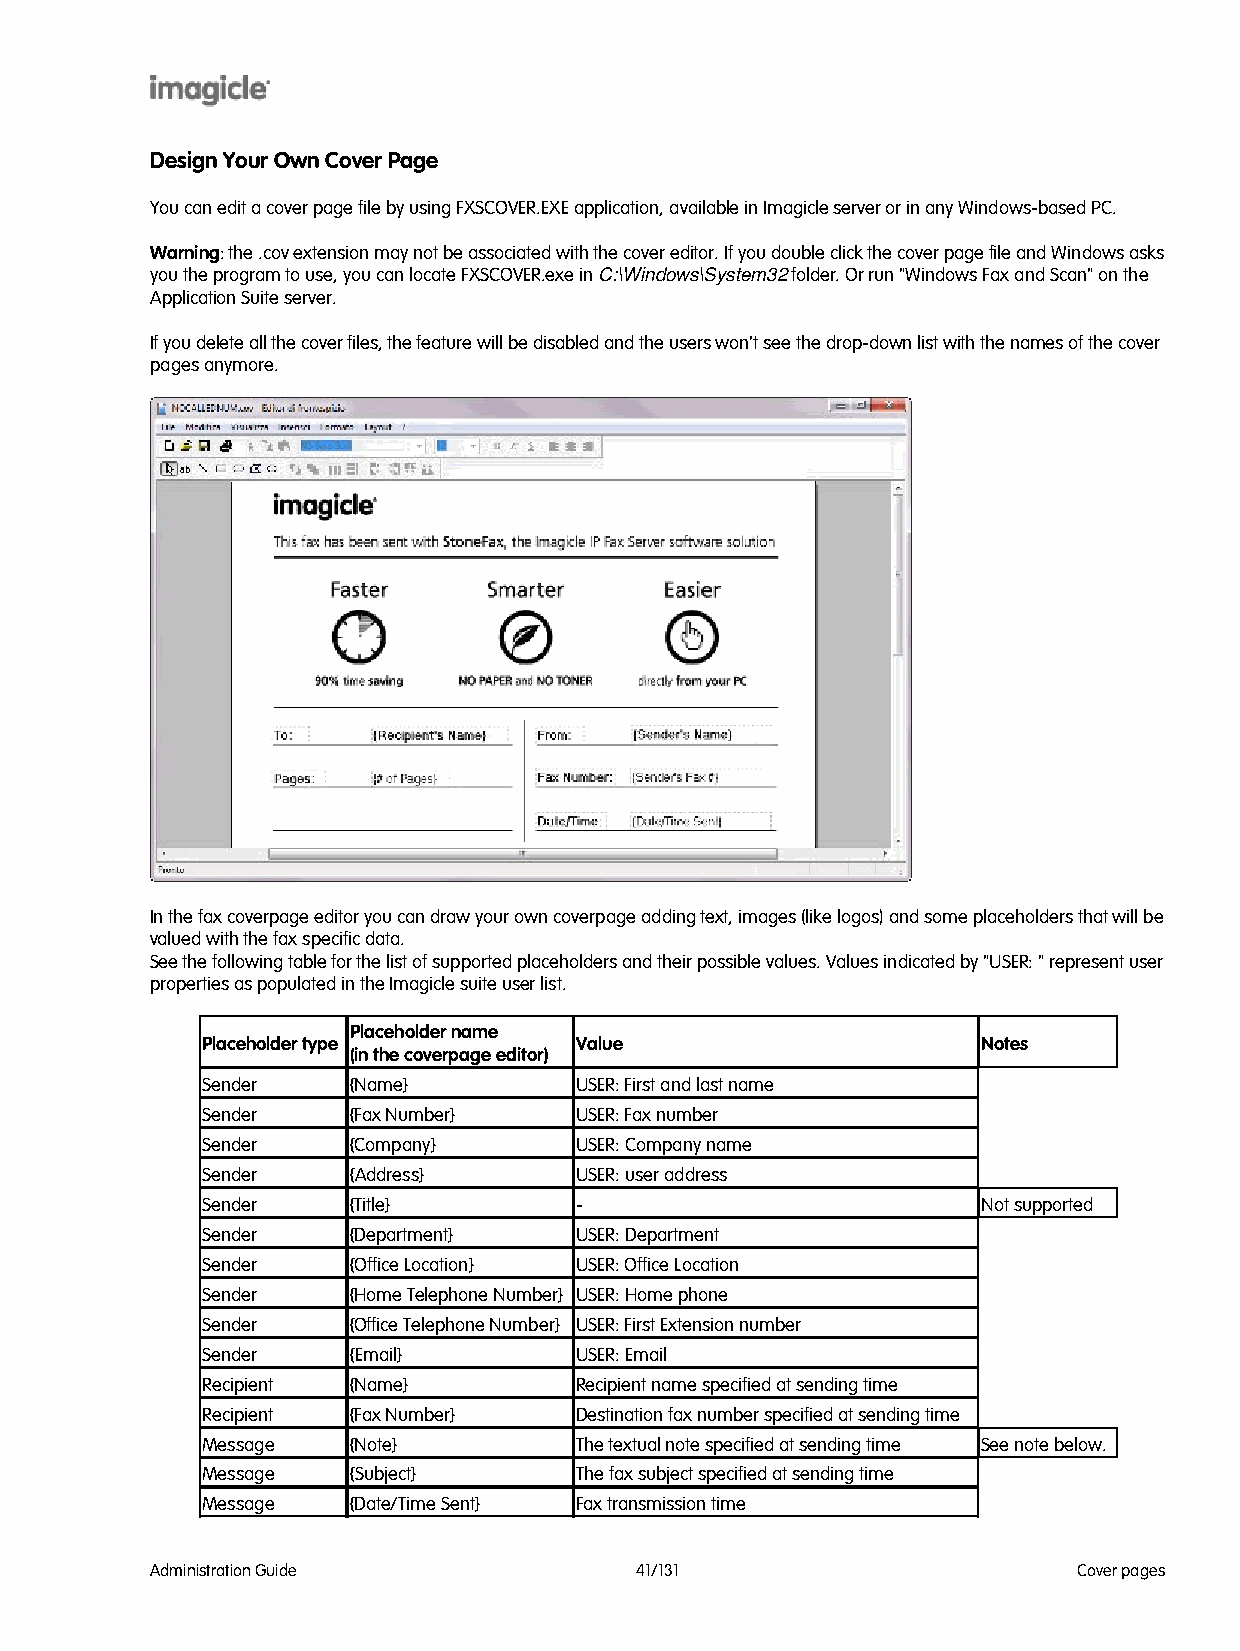
Design Your Own Cover Page
 You can edit a cover page file by using FXSCOVER.EXE application, available in Imagicle server or in any Windows-based PC.
 Warning: the .cov extension may not be associated with the cover editor. If you double click the cover page file and Windows asks
 you the program to use, you can locate FXSCOVER.exe in C:\Windows\System32 folder. Or run "Windows Fax and Scan" on the
 Application Suite server.
 If you delete all the cover files, the feature will be disabled and the users won't see the drop-down list with the names of the cover
 pages anymore.
 In the fax coverpage editor you can draw your own coverpage adding text, images (like logos) and some placeholders that will be
 valued with the fax specific data.
 See the following table for the list of supported placeholders and their possible values. Values indicated by "USER: " represent user
 properties as populated in the Imagicle suite user list.
 Placeholder name
 Placeholder type         Value                      Notes
 (in the coverpage editor)
 Sender    {Name}         USER: First and last name
 Sender    {Fax Number}   USER: Fax number
 Sender    {Company}      USER: Company name
 Sender    {Address}      USER: user address
 Sender    {Title}        -                          Not supported
 Sender    {Department}   USER: Department
 Sender    {Office Location} USER: Office Location
 Sender    {Home Telephone Number}USER: Home phone
 Sender    {Office Telephone Number}USER: First Extension number
 Sender    {Email}        USER: Email
 Recipient {Name}         Recipient name specified at sending time
 Recipient {Fax Number}   Destination fax number specified at sending time
 Message   {Note}         The textual note specified at sending time See note below.
 Message   {Subject}      The fax subject specified at sending time
 Message   {Date/Time Sent} Fax transmission time
 Administration Guide            41/131                       Cover pages